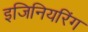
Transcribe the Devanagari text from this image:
इजिनियरिंग